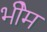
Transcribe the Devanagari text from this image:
भीेम